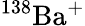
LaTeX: ^{138}\mathrm{{Ba}^{+}}